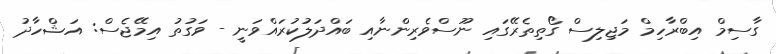
ގާސިމް އިބްރާހިމް މަޖިލިސް ގޯތިތެރޭގައި ނޫސްވެރިންނާއި ބައްދަލުކުރައްވަނީ - ވަގުތު އިމޭޖެސް: އަޝްހާދު